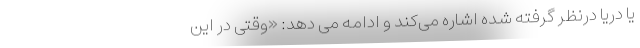
یا دریا درنظر گرفته شده اشاره می‌کند و ادامه می دهد: «وقتی در این